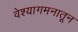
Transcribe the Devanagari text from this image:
वेश्यागमनातून